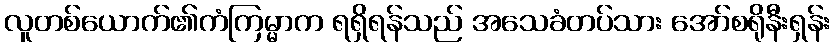
လူတစ်ယောက်၏ကံကြမ္မာက ရရှိရန်သည် အသေခံတပ်သား အော်စရိုနီးရှန်း